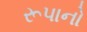
રૂપાનો